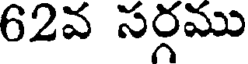
62వ సర్గము